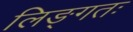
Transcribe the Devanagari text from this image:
लिङ्गतः